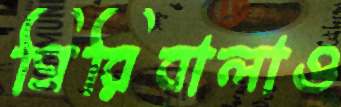
গিরিবালাও